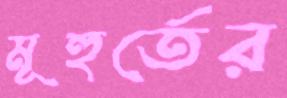
মূহুর্তের